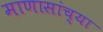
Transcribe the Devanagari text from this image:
माणासांच्या